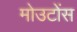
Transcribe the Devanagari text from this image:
मोउटोंस